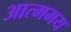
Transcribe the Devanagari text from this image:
आत्ममय